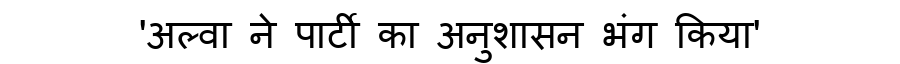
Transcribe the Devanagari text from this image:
'अल्वा ने पार्टी का अनुशासन भंग किया'